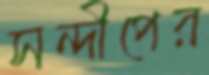
সন্দীপের